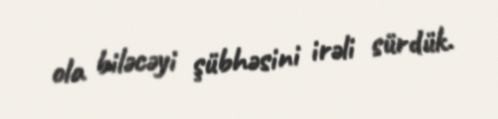
ola biləcəyi şübhəsini irəli sürdük.